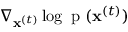
\nabla _ { \mathbf { x } ^ { ( t ) } } \log { \mathrm { ~ p ~ } ( \mathbf { x } ^ { ( t ) } ) }